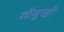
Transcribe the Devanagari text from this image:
गौमुखी